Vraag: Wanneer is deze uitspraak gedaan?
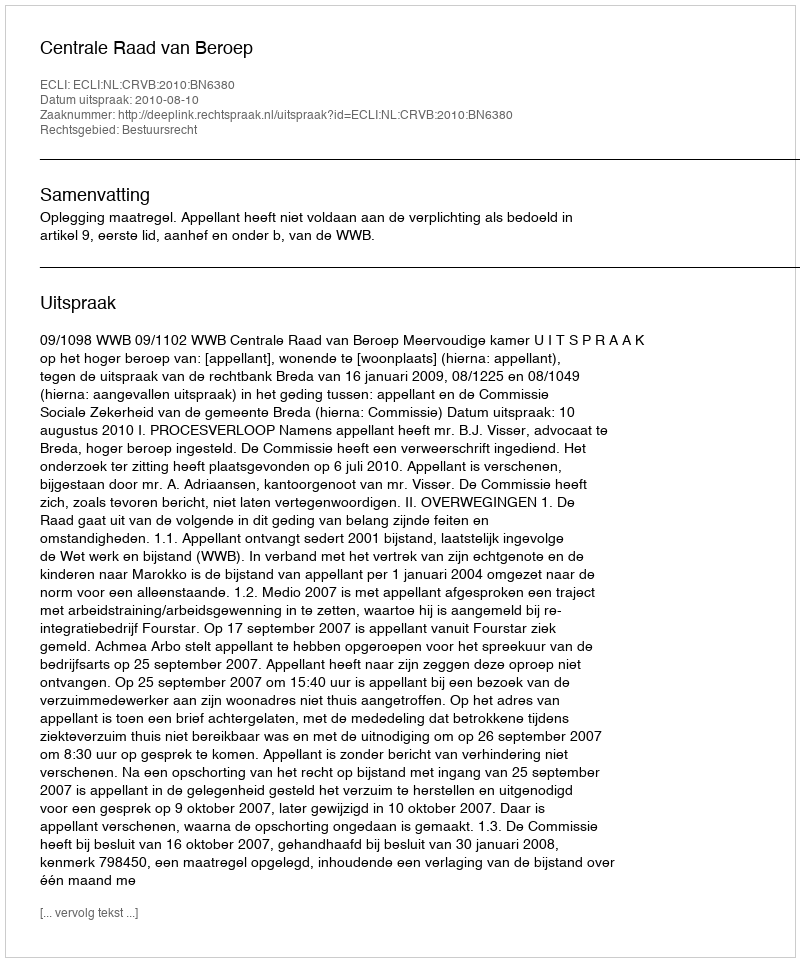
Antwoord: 2010-08-10